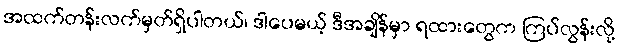
အထက်တန်းလက်မှတ်ရှိပါတယ်၊ ဒါပေမယ့် ဒီအချိန်မှာ ရထားတွေက ကြပ်လွန်းလို့